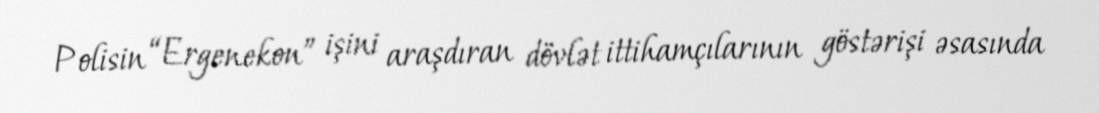
Polisin “Ergenekon” işini araşdıran dövlət ittihamçılarının göstərişi əsasında